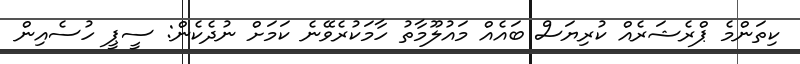
ކިތަންމެ ޕްރެޝަރެއް ކުރިޔަސް ބައެއް މައުލޫމާތު ހާމަކުރެވޭނެ ކަމަށް ނުދެކެން: ސީޕީ ހުސެއިން